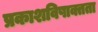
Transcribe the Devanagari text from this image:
प्रकाशविषाक्तता